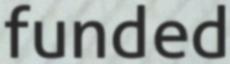
funded